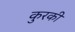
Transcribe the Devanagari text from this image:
कुरकी